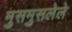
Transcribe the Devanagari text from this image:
मुसमुसलेले